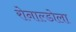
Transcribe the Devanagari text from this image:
रोनाल्डोला